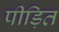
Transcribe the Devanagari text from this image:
पीड़ित